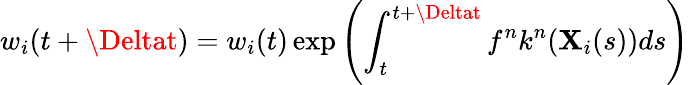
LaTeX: w_{i}(t+\Deltat)=w_{i}(t)\exp\left(\int_{t}^{t+\Deltat}f^{n}k^{n}(\mathbf{X}_{i}(s))ds\right)